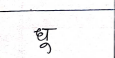
मजकूर: धू